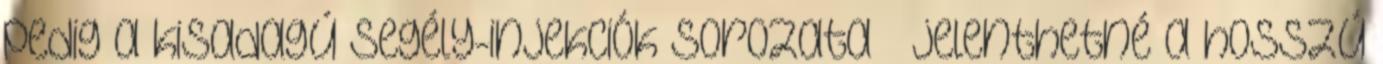
pedig a kisadagú segély-injekciók sorozata – jelenthetné a hosszú